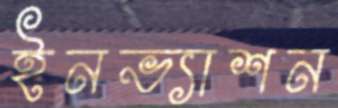
ইনভ্যাশন